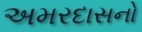
અમરદાસનો